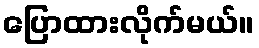
ပြောထားလိုက်မယ်။